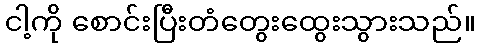
ငါ့ကို စောင်းပြီးတံတွေးထွေးသွားသည်။